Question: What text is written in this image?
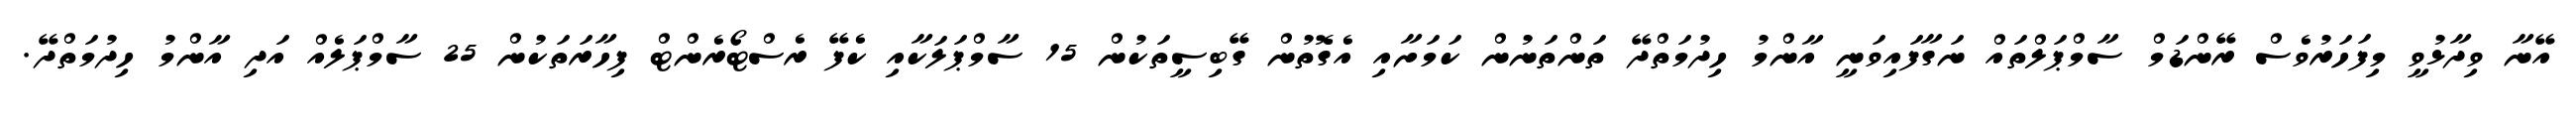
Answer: އޭނާ ވިދާޅުވީ މިފަހަރުވެސް ރޭންޑަމް ސާމްޕަލްތައް ނަގާފައިވަނީ އާންމު ހިދުމަތްދޭ ތަންތަނުން ކަމަށާއި އެގޮތުން ގޭބިސީތަކުން 15 ސާމްޕަލަކާއި ކެފޭ ރެސްޓޯރެންޓް ފިހާރަތަކުން 25 ސާމްޕަލެއް އަދި އާންމު ހިދުމަތްދޭ.